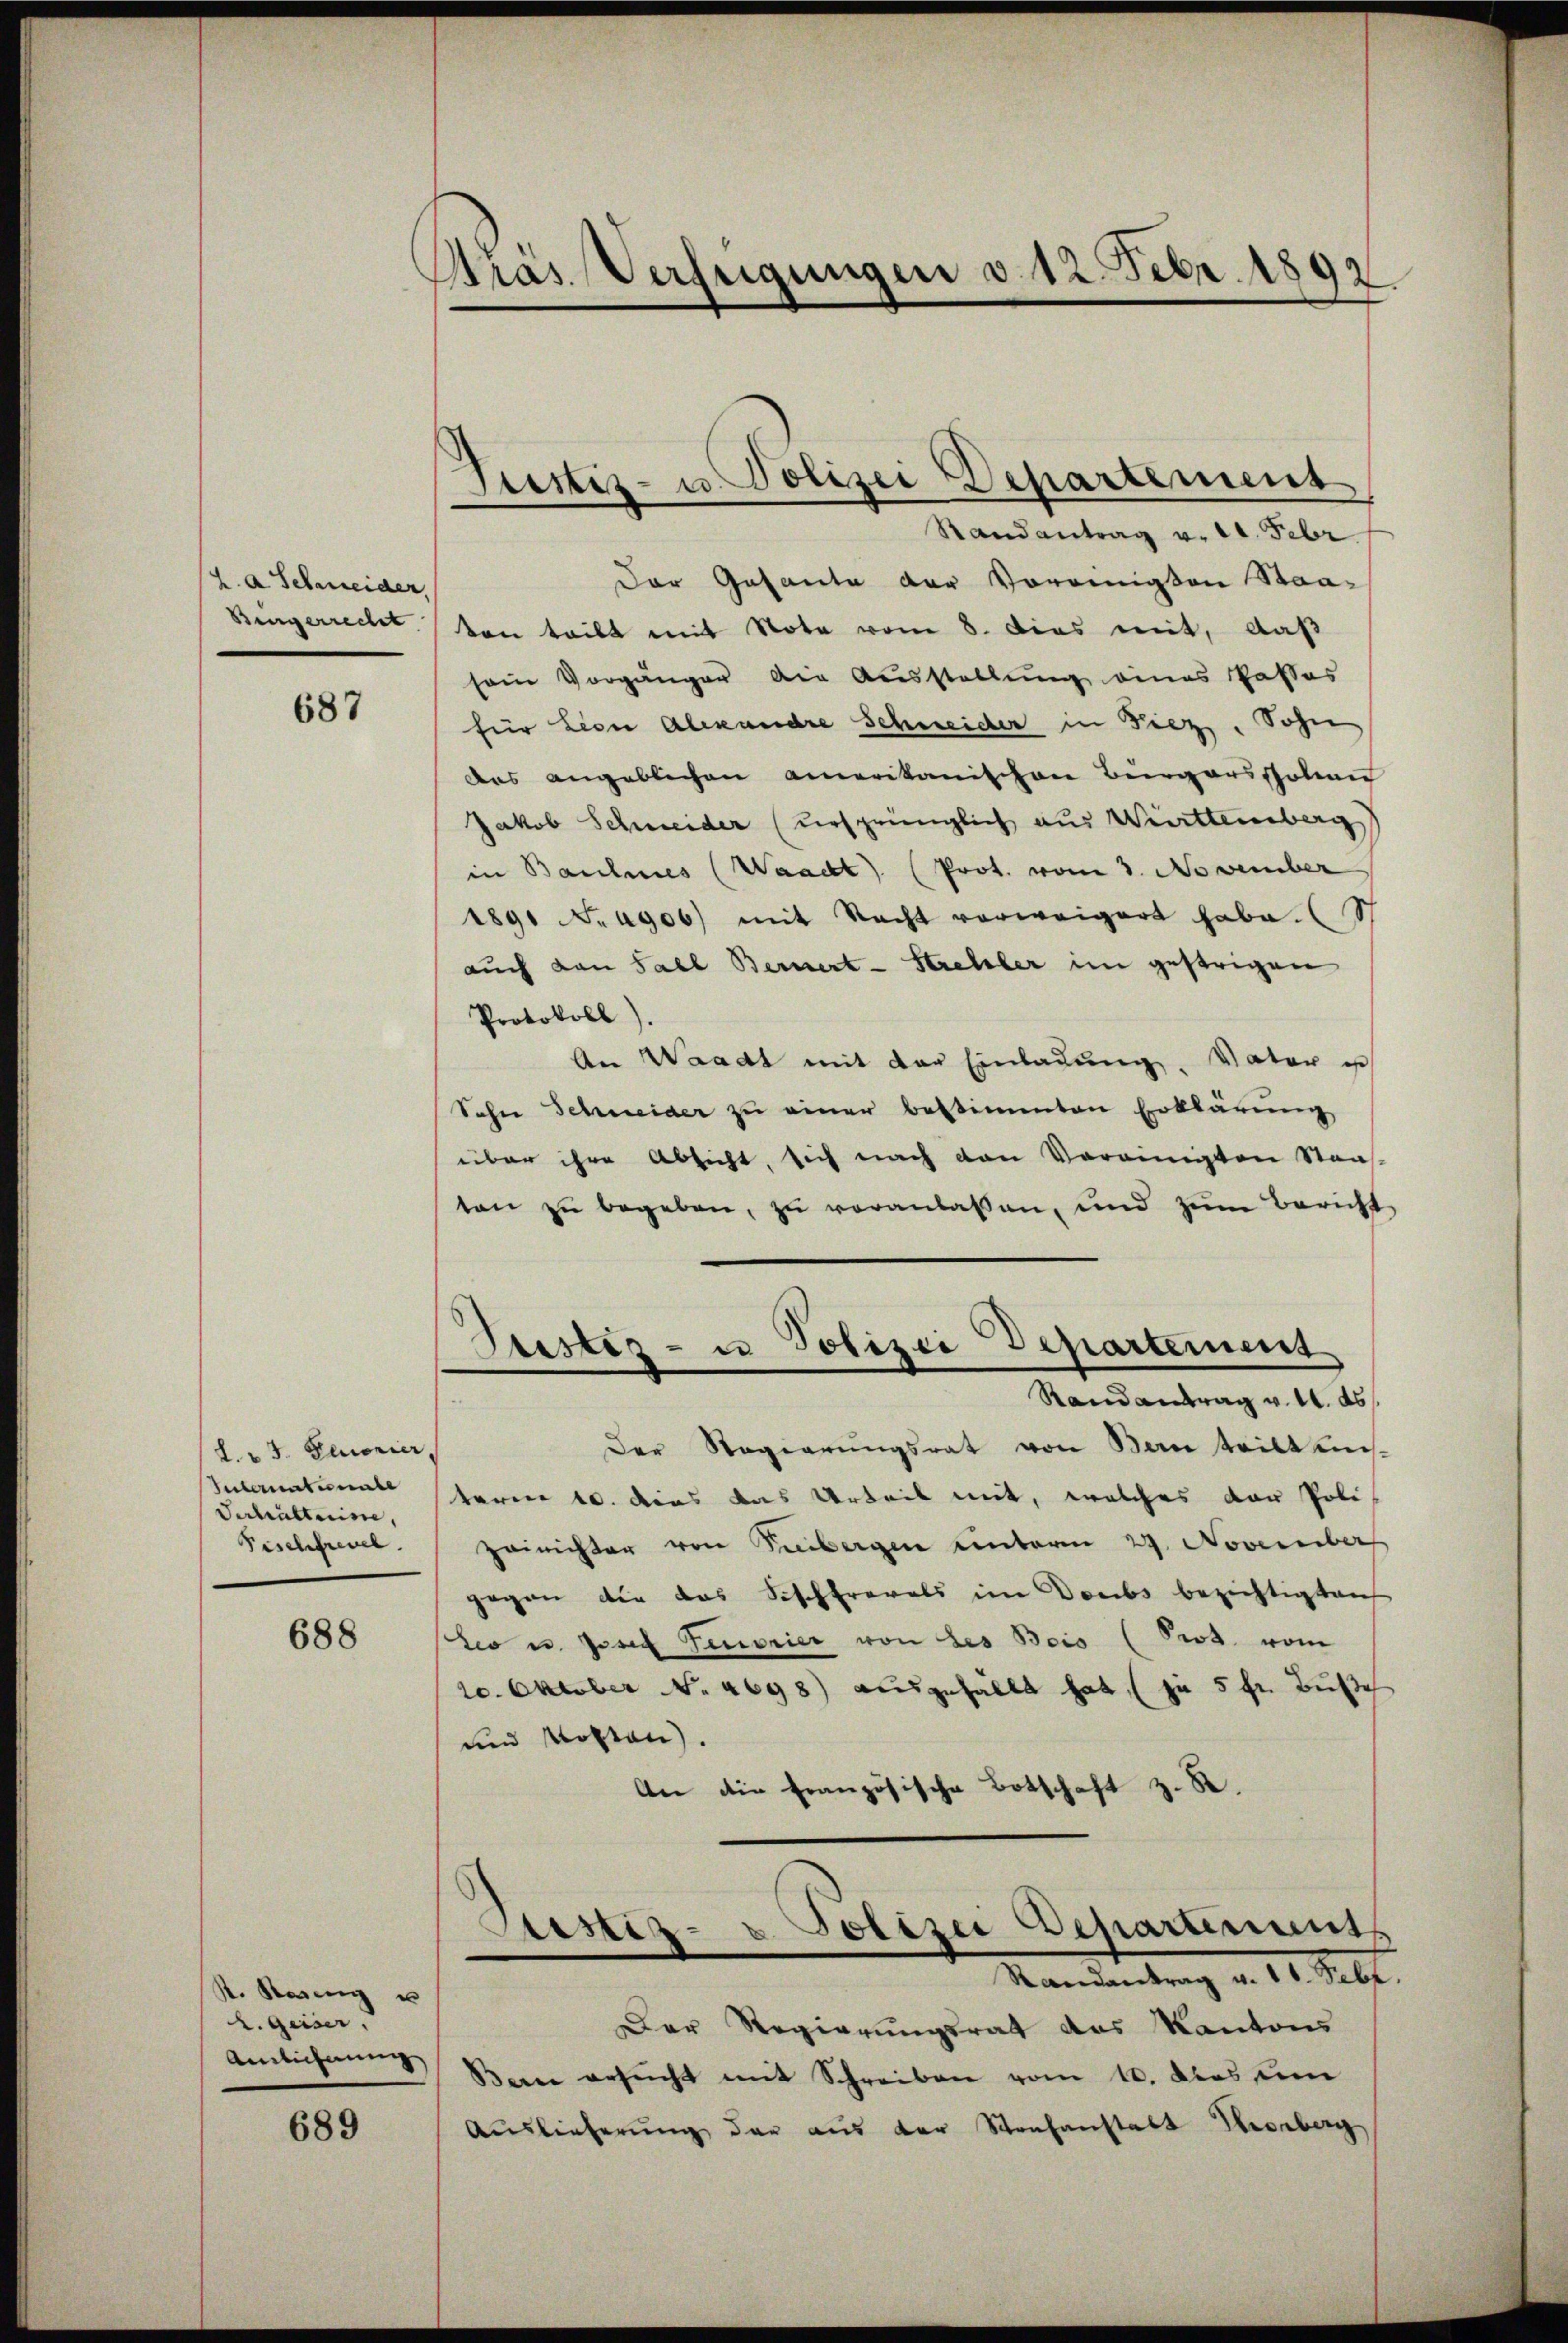
K. A. Schweider,

687

L. 23. Glionier,
Internatente
Dabrustein,
Fischfrevel.

688

St. Kasing u
L. Geiser.
Anlicherung

689

Präs. Verfügungen v. 12. Febr. 1892

Stettiz- u. Polizei Departement
Randantrag v. 24. Febr

Der Gesante der Voreinigten Staa¬
Bingerrecht von teilt mit Note vom 8. Dies mit, daß
sein Vorgänger die Ausstellung eines Passas
für Leon Alexandre Schneider in Fiez, Sohn
das angeblichen amerikanischen Bürgersspolien
Jakob Schweider (ursprünglich aus Württemberg
in Baulines (Waadt (Prot. vom 3. November
1891 No 4906) mit Nacht vorweigert habe. (S
auch den Fall Bernerz-Strehler im gestrigen
Protokoll)
An Waadt mit der Einladŭng. Vater u
Sohn Schneider zu einer bestimmten Erklärung
über ihre Absicht, sich nach den Vereinigten Straf-
ten zu begeben, zu veranlassen, und zŭm Bericht

Stister- u Polizei Departement
Randantrag v. M. ds.

Der Regierungsrat von Ban tritt Keisteren 10. dies das Urteil mit, welches der Poli
Zeirichter von Freibergen unterm 29. November
gegen die das Fischfrevels im Doubs bezichtigt auf
teo u. Josef Tenorier von des Beis (Pros. vom
20. Oktober No. 4698) ausgefällt hat, (zu 5 fr. Busch
und Kosten).
An die französische Botschaft z. R.

Stestiz- & Polizei Departements
Mandantung v. 11. Pelz.

Der Regierungsrat das Kantons
Berne ersucht mit Schreiben vom 10. Dies un
Auslieferung der aus der Strafanstalt Ihrerberg